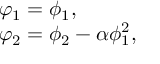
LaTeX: \begin{array} { l } { { \varphi _ { 1 } = \phi _ { 1 } , } } \\ { { \varphi _ { 2 } = \phi _ { 2 } - \alpha \phi _ { 1 } ^ { 2 } , } } \end{array}